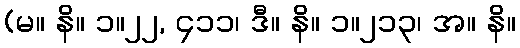
(မ။ နိ။ ၁။၂၂, ၄၁၁၊ ဒီ။ နိ။ ၁။၂၁၃၊ အ။ နိ။